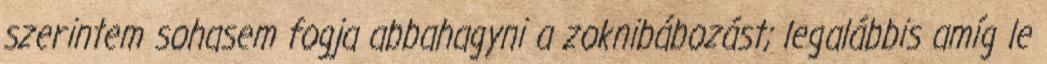
szerintem sohasem fogja abbahagyni a zoknibábozást; legalábbis amíg le